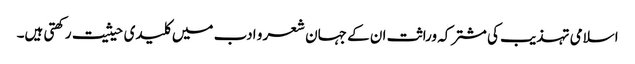
اسلامی تہذیب کی مشترکہ وراثت ان کے جہان شعر و ادب میں کلیدی حیثیت رکھتی ہیں۔